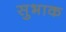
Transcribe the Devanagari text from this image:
सुभाक